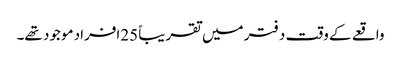
واقعے کے وقت دفتر میں تقریباً 25افراد موجود تھے۔